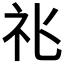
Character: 𥘍